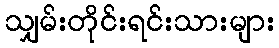
သျှမ်းတိုင်းရင်းသားများ